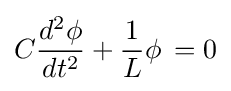
C{\frac {d^{2}\phi }{dt^{2}}}+{\frac {1}{L}}\phi \,=0